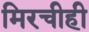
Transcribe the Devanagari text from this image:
मिरचीही